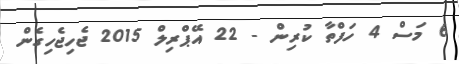
6 މަސް 4 ހަފްތާ ކުރިން - 22 އޭޕްރިލް 2015 ޖެހިޖެހިގެން